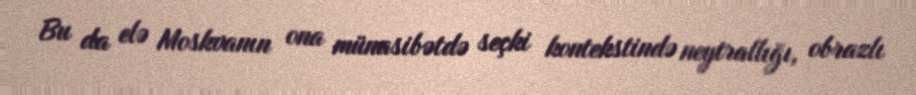
Bu da elə Moskvanın ona münasibətdə seçki kontekstində neytrallığı, obrazlı